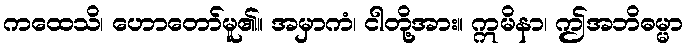
ကထေသိ၊ ဟောတော်မူ၏။ အမှာကံ၊ ငါတို့အား။ ဣမိနာ၊ ဤအဘိဓမ္မာ